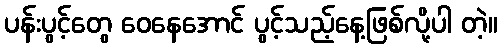
ပန်းပွင့်တွေ ဝေနေအောင် ပွင့်သည့်နေ့ဖြစ်လို့ပါ တဲ့။